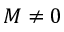
M \ne 0